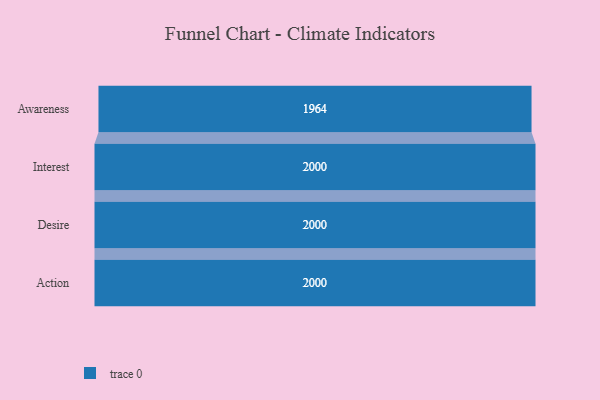
{"axis": {"x": "Stage", "y": "Value"}, "legend": [""], "data": [{"x": "Awareness", "y": 1964.0, "type": ""}, {"x": "Interest", "y": 2000, "type": ""}, {"x": "Desire", "y": 2000, "type": ""}, {"x": "Action", "y": 2000, "type": ""}]}